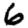
Digit: 6